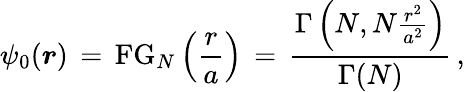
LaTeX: \begin{array}{l}{\displaystyle\psi_{0}(\boldsymbol{r})\, =\, \mathrm{FG}_{N}\left(\frac{r}{a}\right)\, =\, \frac{\Gamma\left(N,N\frac{r^{2}}{a^{2}}\right)}{\Gamma(N)}\, ,}\end{array}